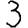
Digit: 3